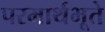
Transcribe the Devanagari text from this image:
परमार्थभूते